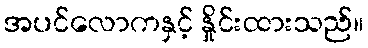
အပင်လောကနှင့် နှိုင်းထားသည်။